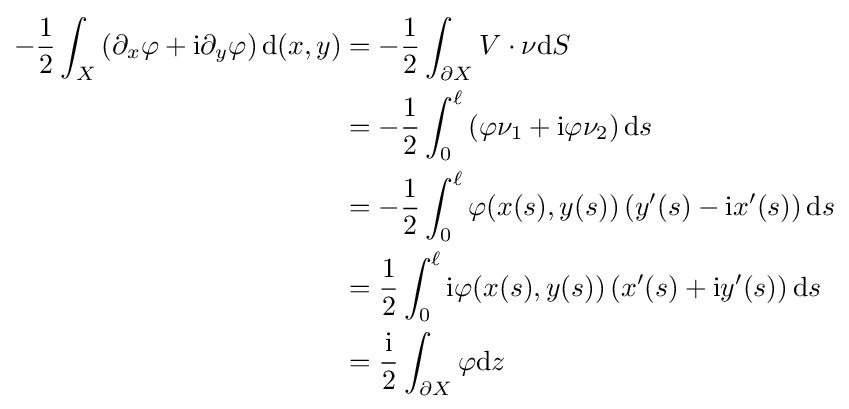
{\begin{aligned}-{\frac {1}{2}}\int _{X}\left(\partial _{x}\varphi +\mathrm {i} \partial _{y}\varphi \right)\mathrm {d} (x,y)&=-{\frac {1}{2}}\int _{\partial X}V\cdot \nu \mathrm {d} S\\&=-{\frac {1}{2}}\int _{0}^{\ell }\left(\varphi \nu _{1}+\mathrm {i} \varphi \nu _{2}\right)\mathrm {d} s\\&=-{\frac {1}{2}}\int _{0}^{\ell }\varphi (x(s),y(s))\left(y'(s)-\mathrm {i} x'(s)\right)\mathrm {d} s\\&={\frac {1}{2}}\int _{0}^{\ell }\mathrm {i} \varphi (x(s),y(s))\left(x'(s)+\mathrm {i} y'(s)\right)\mathrm {d} s\\&={\frac {\mathrm {i} }{2}}\int _{\partial X}\varphi \mathrm {d} z\end{aligned}}